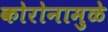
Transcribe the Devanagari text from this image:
कोरोनामुळे